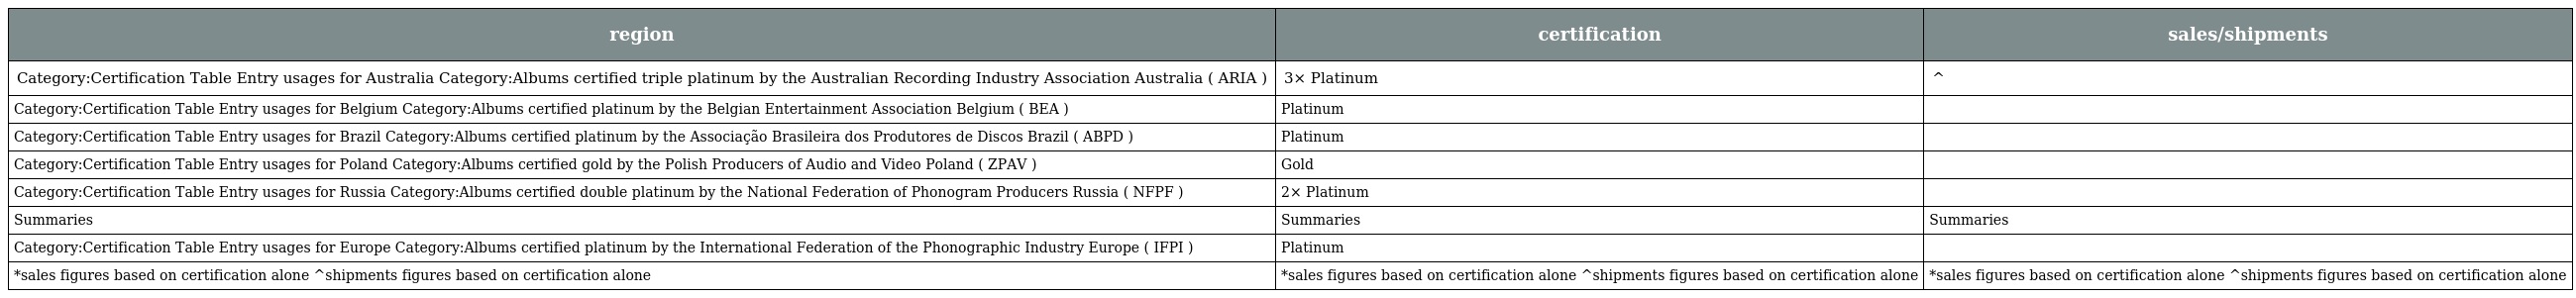
| region | certification | sales/shipments |
 | --- | --- | --- |
 | Category:Certification Table Entry usages for Australia Category:Albums certified triple platinum by the Australian Recording Industry Association Australia ( ARIA ) | 3× Platinum | ^ |
 | Category:Certification Table Entry usages for Belgium Category:Albums certified platinum by the Belgian Entertainment Association Belgium ( BEA ) | Platinum |  |
 | Category:Certification Table Entry usages for Brazil Category:Albums certified platinum by the Associação Brasileira dos Produtores de Discos Brazil ( ABPD ) | Platinum |  |
 | Category:Certification Table Entry usages for Poland Category:Albums certified gold by the Polish Producers of Audio and Video Poland ( ZPAV ) | Gold |  |
 | Category:Certification Table Entry usages for Russia Category:Albums certified double platinum by the National Federation of Phonogram Producers Russia ( NFPF ) | 2× Platinum |  |
 | Summaries | Summaries | Summaries |
 | Category:Certification Table Entry usages for Europe Category:Albums certified platinum by the International Federation of the Phonographic Industry Europe ( IFPI ) | Platinum |  |
 | *sales figures based on certification alone ^shipments figures based on certification alone | *sales figures based on certification alone ^shipments figures based on certification alone | *sales figures based on certification alone ^shipments figures based on certification alone |